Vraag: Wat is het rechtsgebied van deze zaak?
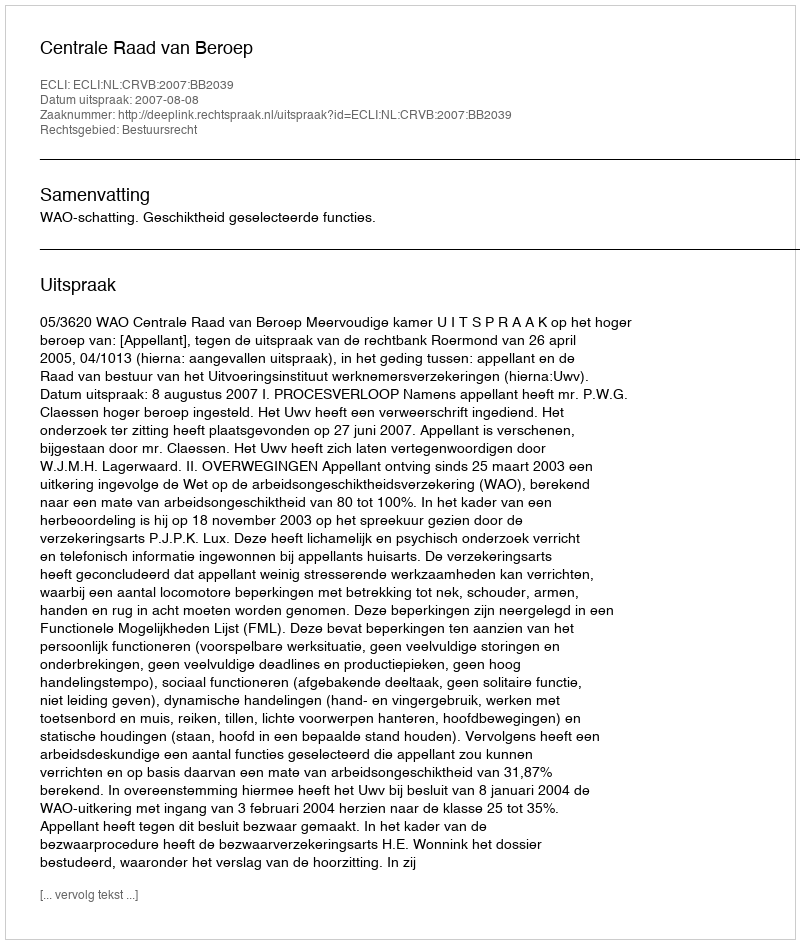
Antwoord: Bestuursrecht